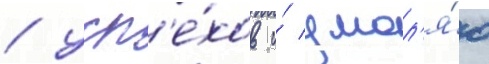
/ усп'е́хов и́ умол'я́ю